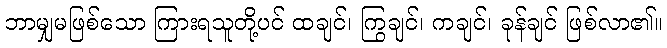
ဘာမျှမဖြစ်သော ကြားရသူတို့ပင် ထချင်၊ ကြွချင်၊ ကချင်၊ ခုန်ချင် ဖြစ်လာ၏။